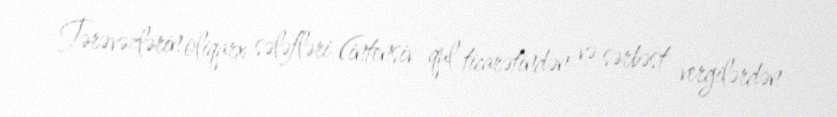
Tərəvəzlərin oliqarx sələfləri (intensiv qul ticarətindən və sərbəst vergilərdən